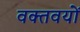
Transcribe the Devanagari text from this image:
वक्तवयों